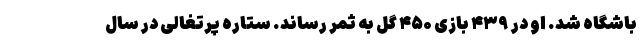
باشگاه شد. او در ۴۳۹ بازی ۴۵۰ گل به ثمر رساند. ستاره پرتغالی در سال